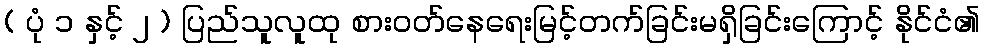
( ပုံ ၁ နှင့် ၂ ) ပြည်သူလူထု စားဝတ်နေရေးမြင့်တက်ခြင်းမရှိခြင်းကြောင့် နိုင်ငံ၏